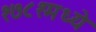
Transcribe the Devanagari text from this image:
१७८१मध्ये